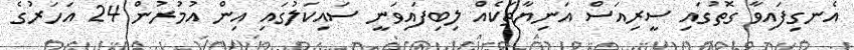
އެނގިފައިވާ ގޮތުގައި ސީރިއަސް އަނިޔާތަކެއް ލިބިފައިވަނީ ސައިކަލުގައި އިން އުމުރުން 24 އަހަރުގެ